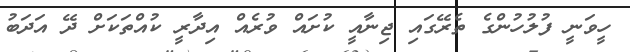
ހީވަނީ ފުލުހުންގެ ތެރޭގައި ޖިނާއީ ކުށައް ވުރެއް އިދާރީ ކުއްތަކަށް ދޭ އަދަބު